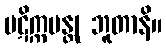
ပဋိက္ကမန္တု ဘူတာနိ။